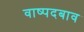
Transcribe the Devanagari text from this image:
वाष्पदबाव